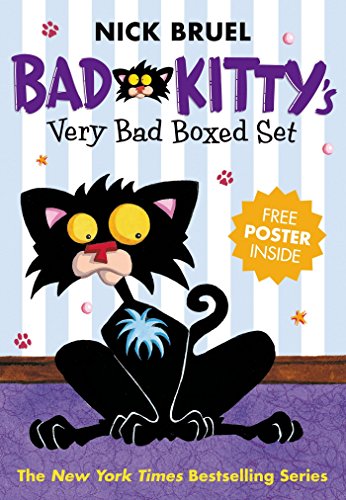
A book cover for Bad Kitty's Very Bad Boxed Set (#1); Nick Bruel; Children's Books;